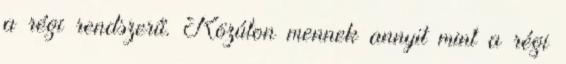
a régi rendszerű. Közúton mennek annyit mint a régi